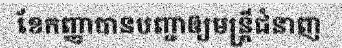
ខែកញ្ញាបានបញ្ជាឲ្យមន្ត្រីជំនាញ